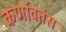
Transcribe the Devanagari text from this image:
कर्णावतंस